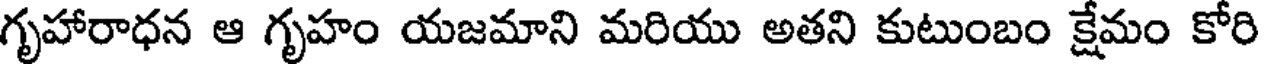
గృహారాధన ఆ గృహం యజమాని మరియు అతని కుటుంబం క్షేమం కోరి